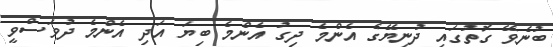
ބުނެވޭ ގޮތުގައި ދުނިޔޭގެ އެންމެ ދިގު އެންމެ ބިޔަ އަދި އެންމެ ދުވަސްވީ